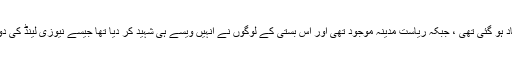
یہ جماعت ایک غیرمسلم بستی میں جا کر آباد ہو گئی تھی ، جبکہ ریاست مدینہ موجود تھی اور اس بستی کے لوگوں نے انہیں ویسے ہی شہید کر دیا تھا جیسے نیوزی لینڈ کی دونوں مساجد میں مسلمان شہید کر دیے گئے۔